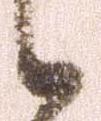
候